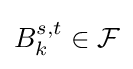
B_{k}^{s,t}\in {\mathcal {F}}